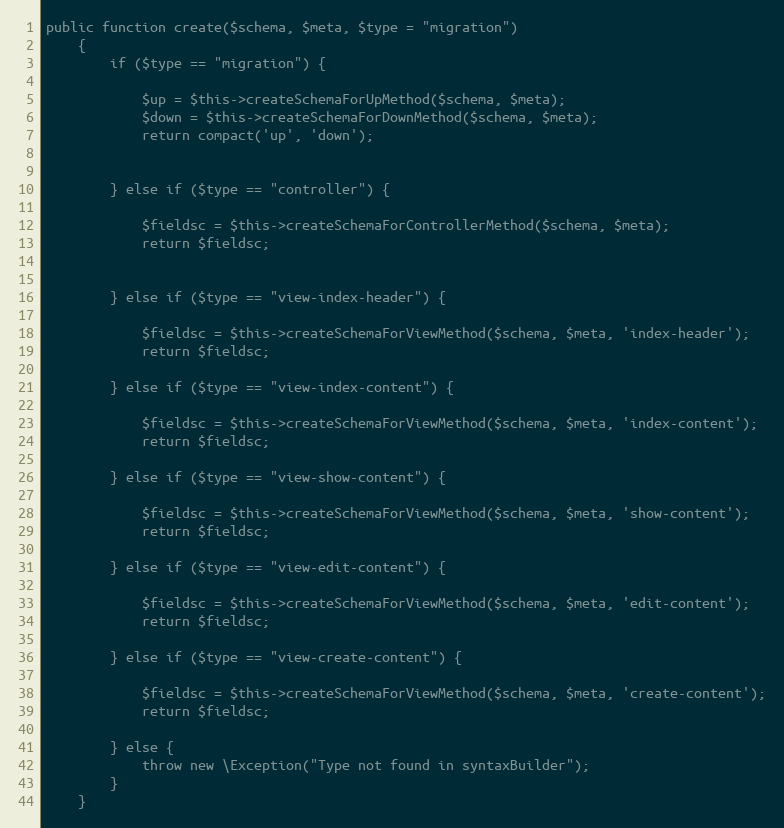
Language: PHP
public function create($schema, $meta, $type = "migration")
    {
        if ($type == "migration") {

            $up = $this->createSchemaForUpMethod($schema, $meta);
            $down = $this->createSchemaForDownMethod($schema, $meta);
            return compact('up', 'down');

        } else if ($type == "controller") {

            $fieldsc = $this->createSchemaForControllerMethod($schema, $meta);
            return $fieldsc;

        } else if ($type == "view-index-header") {

            $fieldsc = $this->createSchemaForViewMethod($schema, $meta, 'index-header');
            return $fieldsc;

        } else if ($type == "view-index-content") {

            $fieldsc = $this->createSchemaForViewMethod($schema, $meta, 'index-content');
            return $fieldsc;

        } else if ($type == "view-show-content") {

            $fieldsc = $this->createSchemaForViewMethod($schema, $meta, 'show-content');
            return $fieldsc;

        } else if ($type == "view-edit-content") {

            $fieldsc = $this->createSchemaForViewMethod($schema, $meta, 'edit-content');
            return $fieldsc;

        } else if ($type == "view-create-content") {

            $fieldsc = $this->createSchemaForViewMethod($schema, $meta, 'create-content');
            return $fieldsc;

        } else {
            throw new \Exception("Type not found in syntaxBuilder");
        }
    }